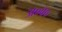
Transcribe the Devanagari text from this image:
अ०व०